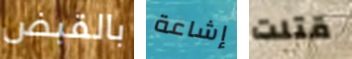
بالقبض إشاعة قتلت